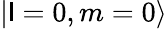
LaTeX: \left|\mathsf{l}=0,m=0\right>